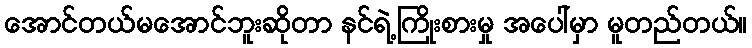
အောင်တယ်မအောင်ဘူးဆိုတာ နင်ရဲ့ကြိုးစားမှု အပေါ်မှာ မူတည်တယ်။